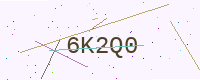
Text: 6K2Q0